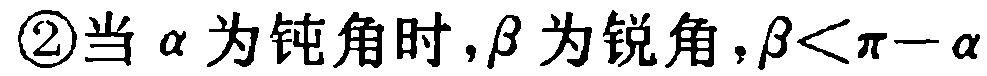
\textcircled{2}当\(\alpha\)为钝角时，\(\beta\)为锐角，\(\beta<\pi - \alpha\)